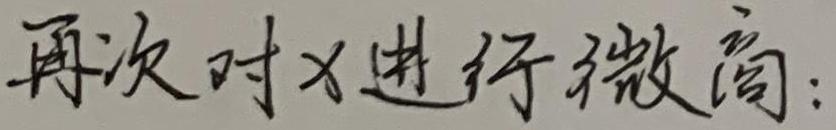
再次对x进行微商：